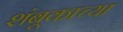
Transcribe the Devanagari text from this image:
शंबूकाच्या